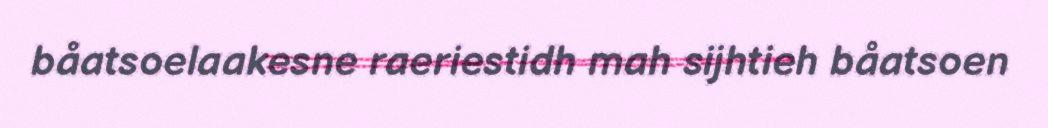
båatsoelaakesne raeriestidh mah sijhtieh båatsoen